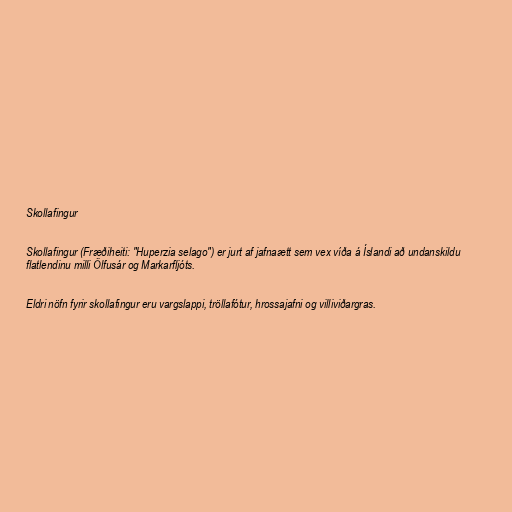
Skollafingur

Skollafingur (Fræðiheiti: "Huperzia selago") er jurt af jafnaætt sem vex víða á Íslandi að undanskildu
flatlendinu milli Ölfusár og Markarfljóts.

Eldri nöfn fyrir skollafingur eru vargslappi, tröllafótur, hrossajafni og villiviðargras.